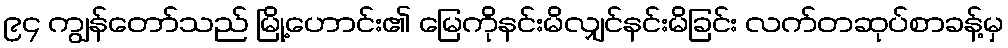
၉၄ ကျွန်တော်သည် မြို့ဟောင်း၏ မြေကိုနင်းမိလျှင်နင်းမိခြင်း လက်တဆုပ်စာခန့်မှ